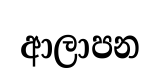
ආලාපන